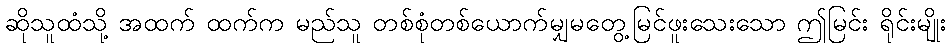
ဆိုသူထံသို့ အထက် ထက်က မည်သူ တစ်စုံတစ်ယောက်မျှမတွေ့မြင်ဖူးသေးသော ဤမြင်း ရိုင်းမျိုး